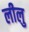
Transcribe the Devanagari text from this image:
लीलु